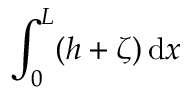
{ \int _ { 0 } ^ { L } ( h + \zeta ) \, \mathrm { d } x }